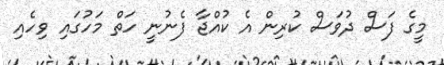
މީގެ ފަސް ދުވަސް ކުރިން އެ ކުއްޖާ ފެނުނީ ހަތް މަހުގައި ވިހެއި